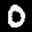
Label: 0